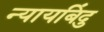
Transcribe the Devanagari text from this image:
न्यायबिंदु